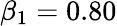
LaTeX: \beta_{1}=0.80